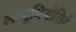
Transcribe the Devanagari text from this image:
लेग्यूमिनोसिई